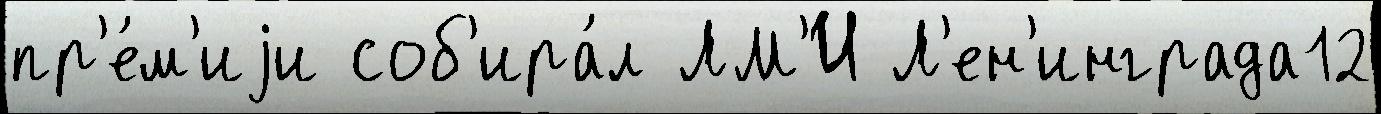
пр'е́м'иjи соб'ира́л ЛМ'И Л'ен'инграда12